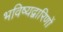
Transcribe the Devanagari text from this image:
भविष्यद्वारिणों